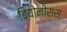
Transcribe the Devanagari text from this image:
दियोनीसस्